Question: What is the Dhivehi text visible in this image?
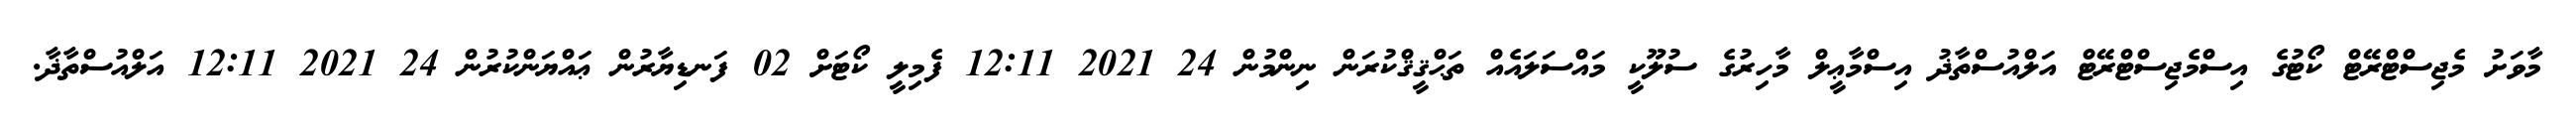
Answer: މާވަށު މެޖިސްޓްރޭޓް ކޯޓުގެ އިސްމެޖިސްޓްރޭޓް އަލްއުސްތާޛު އިސްމާޢީލް މާހިރުގެ ސުލޫކީ މައްސަލައެއް ތަޙްޤީޤްކުރަން ނިންމުން 24 2021 12:11 ފެމިލީ ކޯޓަށް 02 ފަނޑިޔާރުން ޢައްޔަންކުރުން 24 2021 12:11 އަލްއުސްތާޛާ.